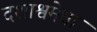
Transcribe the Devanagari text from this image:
दशाश्वमेधा